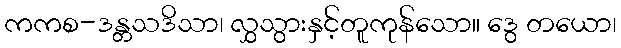
ကကစ-ဒန္တသဒိသာ၊ လွှသွားနှင့်တူကုန်သော။ ဒွေ တယော၊